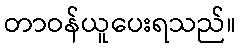
တာဝန်ယူပေးရသည်။